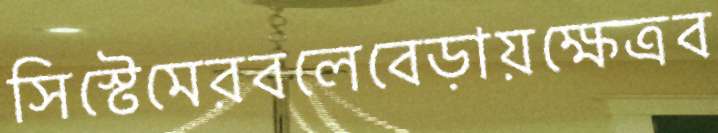
সিস্টেমেরবলেবেড়ায়ক্ষেত্রব